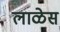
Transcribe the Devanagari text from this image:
लाळेस